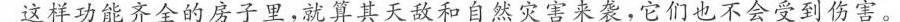
这样功能齐全的房子里，就算其天敌和自然灾害来袭，它们也不会受到伤害。